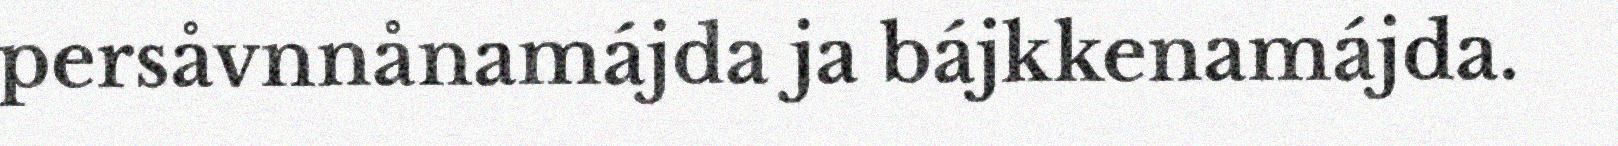
persåvnnånamájda ja bájkkenamájda.